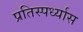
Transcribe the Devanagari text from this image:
प्रतिस्पर्ध्यास